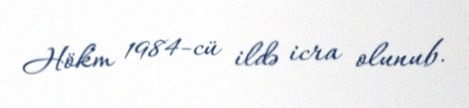
Hökm 1984-cü ildə icra olunub.